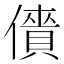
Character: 𠏱